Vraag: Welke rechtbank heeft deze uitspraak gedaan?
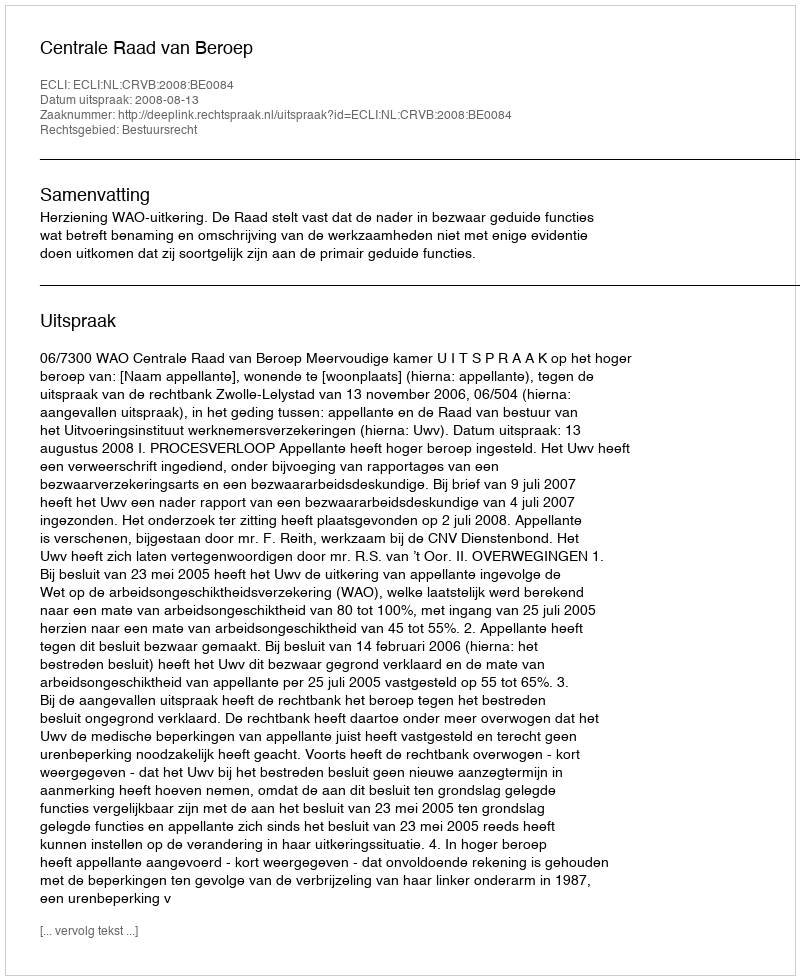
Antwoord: Centrale Raad van Beroep